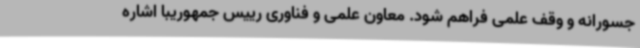
جسورانه و وقف علمی فراهم شود. معاون علمی و فناوری رییس جمهوریبا اشاره